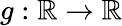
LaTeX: g:{\mathbb{R}}\rightarrow{\mathbb{R}}